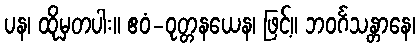
ပန၊ ထိုမှတပါး။ ဧဝံ-ဝုတ္တနယေန၊ ဖြင့်။ ဘဝင်္ဂသန္တာနေ၊